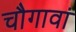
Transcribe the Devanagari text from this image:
चौगावां